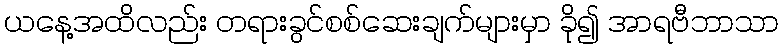
ယနေ့အထိလည်း တရားခွင်စစ်ဆေးချက်များမှာ ခို၍ အာရဗီဘာသာ